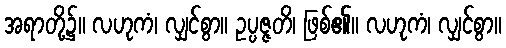
အရာတို့၌။ လဟုကံ၊ လျှင်စွာ။ ဥပ္ပဇ္ဇတိ၊ ဖြစ်၏။ လဟုကံ၊ လျှင်စွာ။